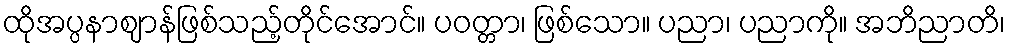
ထိုအပ္ပနာဈာန်ဖြစ်သည့်တိုင်အောင်။ ပဝတ္တာ၊ ဖြစ်သော။ ပညာ၊ ပညာကို။ အဘိညာတိ၊